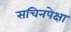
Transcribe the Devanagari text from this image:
सचिनपेक्षा